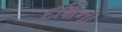
દશિના